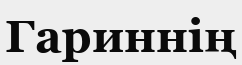
Гариннің